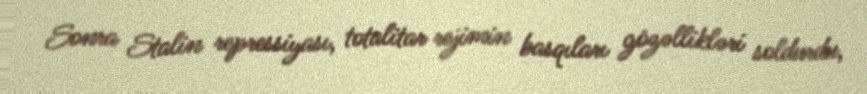
Sonra Stalin repressiyası, totalitar rejimin basqıları gözəllikləri soldurdu,